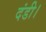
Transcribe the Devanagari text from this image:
दंडी।